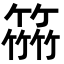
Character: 𥴒